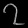
Digit: ၇